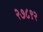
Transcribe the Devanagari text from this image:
२७८९२